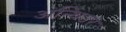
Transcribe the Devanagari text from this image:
अन्थिउर